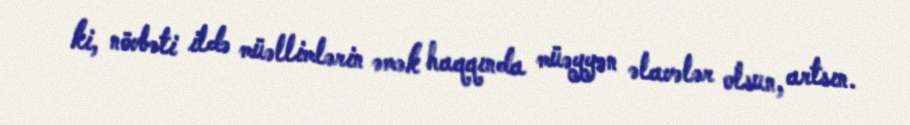
ki, növbəti ildə müəllimlərin əmək haqqında müəyyən əlavələr olsun, artsın.